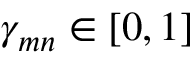
\gamma _ { m n } \in [ 0 , 1 ]